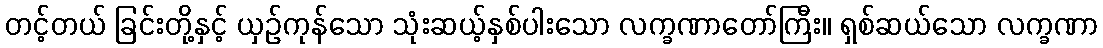
တင့်တယ် ခြင်းတို့နှင့် ယှဉ်ကုန်သော သုံးဆယ့်နှစ်ပါးသော လက္ခဏာတော်ကြီး။ ရှစ်ဆယ်သော လက္ခဏာ